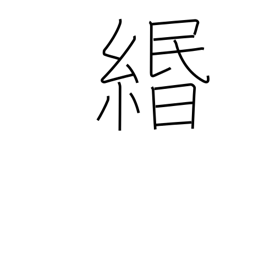
Meaning: paper string